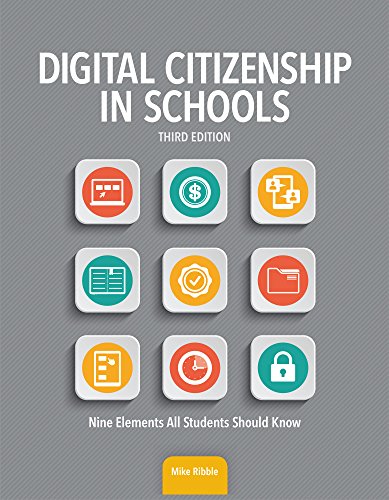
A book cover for Digital Citizenship in Schools, Third Edition; Mike Ribble; Computers & Technology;